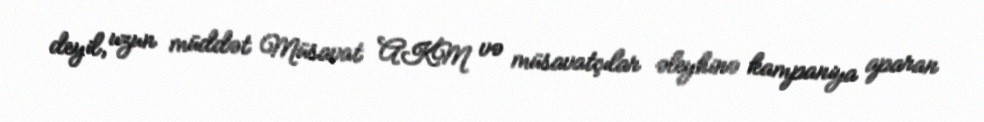
deyil, uzun müddət Müsavat AKM və müsavatçılar əleyhinə kampaniya aparan